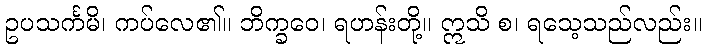
ဥပသင်္ကမိ၊ ကပ်လေ၏။ ဘိက္ခဝေ၊ ရဟန်းတို့။ ဣသိ စ၊ ရသေ့သည်လည်း။